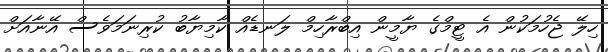
ހިލޭ ޖެހުމަކުން އެ ޓީމްގެ ޔާމީން އިބްރާހިމް ލަނޑެއް ކާމިޔާބު ކުރިނަމަވެސް އޭނާއަށް